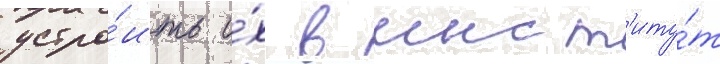
устро́ить и́х в инст'иту́т